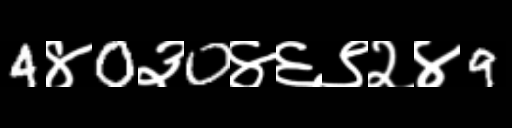
Text: 4४0३0४६९२४9